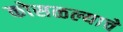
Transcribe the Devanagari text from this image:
कोसळल्याचे